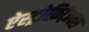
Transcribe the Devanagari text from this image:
ऐस्ट्रोफ़िज़िक्स